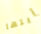
أيتها